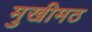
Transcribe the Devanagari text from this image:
मुखीमठ